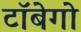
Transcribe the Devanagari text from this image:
टॉबेगो